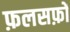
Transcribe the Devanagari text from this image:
फ़लसफ़ों